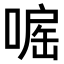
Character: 𠹓